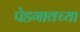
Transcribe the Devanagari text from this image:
पेडगावच्या